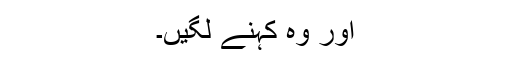
اور وہ کہنے لگیں۔